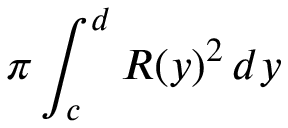
\pi \int _ { c } ^ { d } R ( y ) ^ { 2 } \, d y